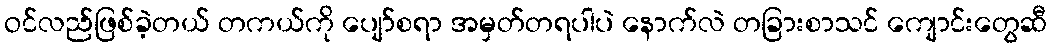
ဝင်လည်ဖြစ်ခဲ့တယ် တကယ်ကို ပျော်စရာ အမှတ်တရပါပဲ နောက်လဲ တခြားစာသင် ကျောင်းတွေဆီ